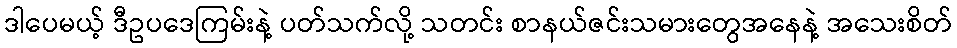
ဒါပေမယ့် ဒီဥပဒေကြမ်းနဲ့ ပတ်သက်လို့ သတင်း စာနယ်ဇင်းသမားတွေအနေနဲ့ အသေးစိတ်